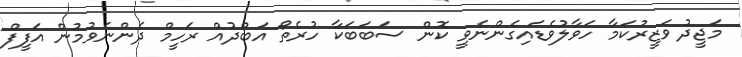
މަޖީދު ވަޒީރުކަމާ ހަވާލުވެޑައިގެންނެވީ ކޮން ސަބަބަކާ ހުރެތޯ އަބްދުއް ރަހީމް ދެންނެވުމުން އަފީފް